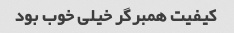
کیفیت همبرگر خیلی خوب بود